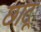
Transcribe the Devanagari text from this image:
छाटू